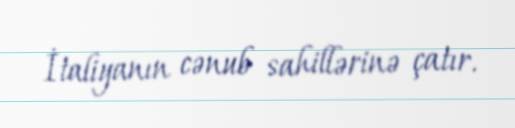
İtaliyanın cənub sahillərinə çatır.